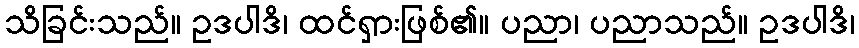
သိခြင်းသည်။ ဥဒပါဒိ၊ ထင်ရှားဖြစ်၏။ ပညာ၊ ပညာသည်။ ဥဒပါဒိ၊